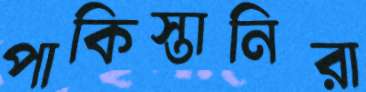
পাকিস্তানিরা